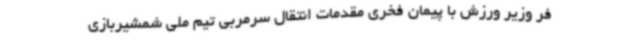
فر وزیر ورزش با پیمان فخری مقدمات انتقال سرمربی تیم ملی شمشیربازی